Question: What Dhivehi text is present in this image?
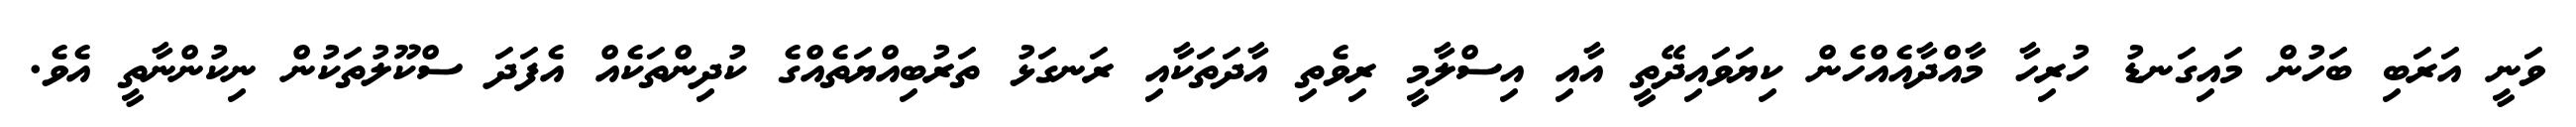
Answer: ވަނީ އަރަބި ބަހުން މައިގަނޑު ހުރިހާ މާއްދާއެއްހެން ކިޔަވައިދޭތީ އާއި އިސްލާމީ ރިވެތި އާދަތަކާއި ރަނގަޅު ތަރުބިއްޔަތެއްގެ ކުދިންތަކެއް އެފަދަ ސްކޫލުތަކުން ނިކުންނާތީ އެވެ.